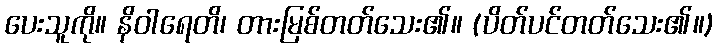
ပေးသူကို။ နိဝါရေတိ၊ တားမြစ်တတ်သေး၏။ (ပိတ်ပင်တတ်သေး၏။)